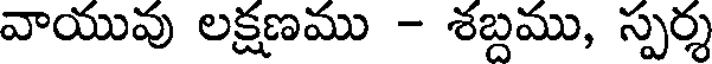
వాయువు లక్షణము - శబ్దము, స్పర్శ